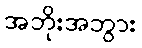
အဘိုးအဘွား